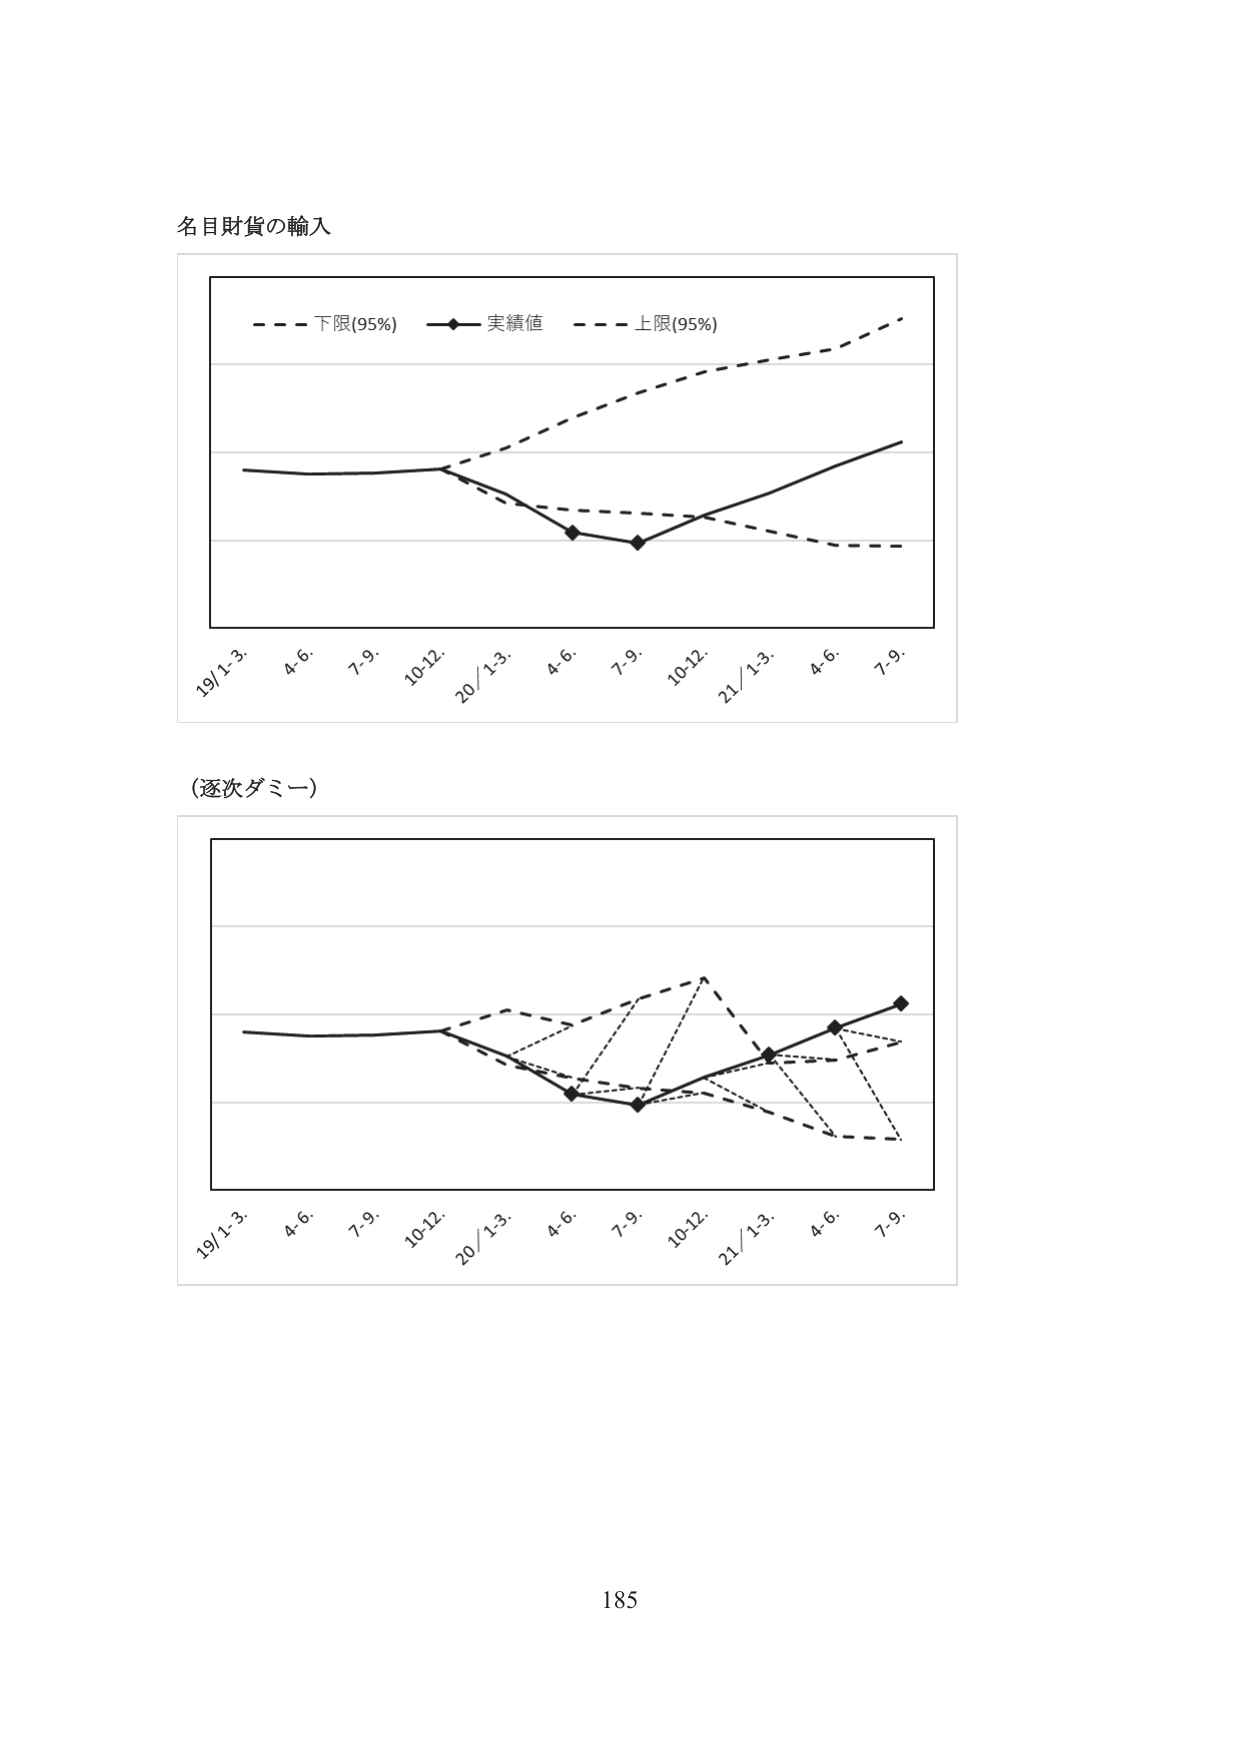
名目財貨の輸入

- - - 下限(95%)  —◆— 実績値  - - - 上限(95%)

19/1-3.  4.6.  7.9.  10-12.  20/1-3.  4.6.  7.9.  10-12.  21/1-3.  4.6.  7.9.

（逐次ダミー）

19/1-3.  4.6.  7.9.  10-12.  20/1-3.  4.6.  7.9.  10-12.  21/1-3.  4.6.  7.9.

185